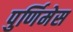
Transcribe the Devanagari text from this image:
पुर्णिमेस